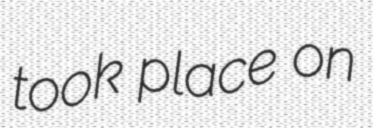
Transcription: took place on